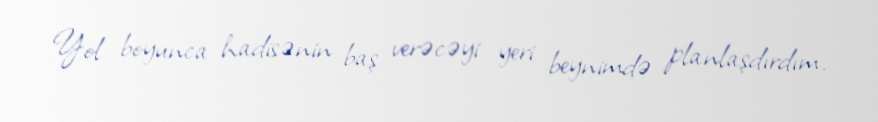
Yol boyunca hadisənin baş verəcəyi yeri beynimdə planlaşdırdım.